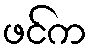
ဖင်က